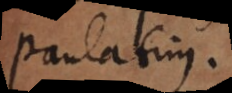
paulatim